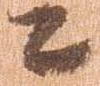
々